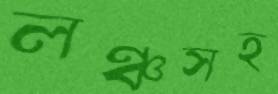
লঞ্চসহ